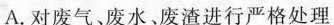
A.对废气。废水、废渣进行严格处理